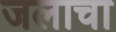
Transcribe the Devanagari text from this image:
जलाचा